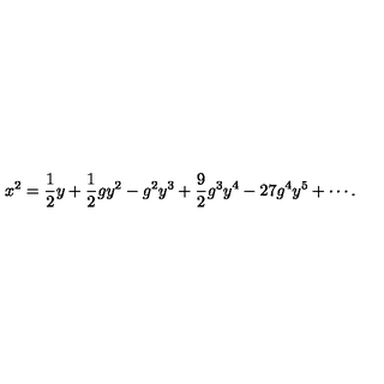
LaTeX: x ^ { 2 } = \frac { 1 } { 2 } y + \frac { 1 } { 2 } g y ^ { 2 } - g ^ { 2 } y ^ { 3 } + \frac { 9 } { 2 } g ^ { 3 } y ^ { 4 } - 2 7 g ^ { 4 } y ^ { 5 } + \cdots .